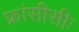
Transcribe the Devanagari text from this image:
फ्रांसीसीः